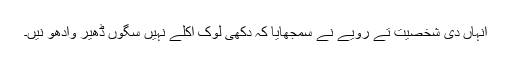
انہاں دی شخصیت تے رویے نے سمجھایا کہ دُکھی لوک اکلے نہیں سگوں ڈھیر وادھو نیں۔